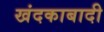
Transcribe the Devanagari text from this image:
खंदकाबादी